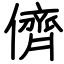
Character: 儕